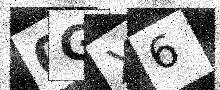
Text: 0GX6